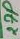
Text: 27P